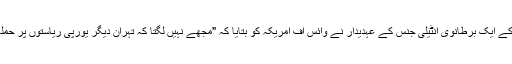
یورپی اتحادیوں کے ایک برطانوی انٹیلی جنس کے عہدیدار نے وائس آف امریکہ کو بتایا کہ "مجھے نہیں لگتا کہ تہران دیگر یورپی ریاستوں پر حملہ کرنا چاہتا ہے۔